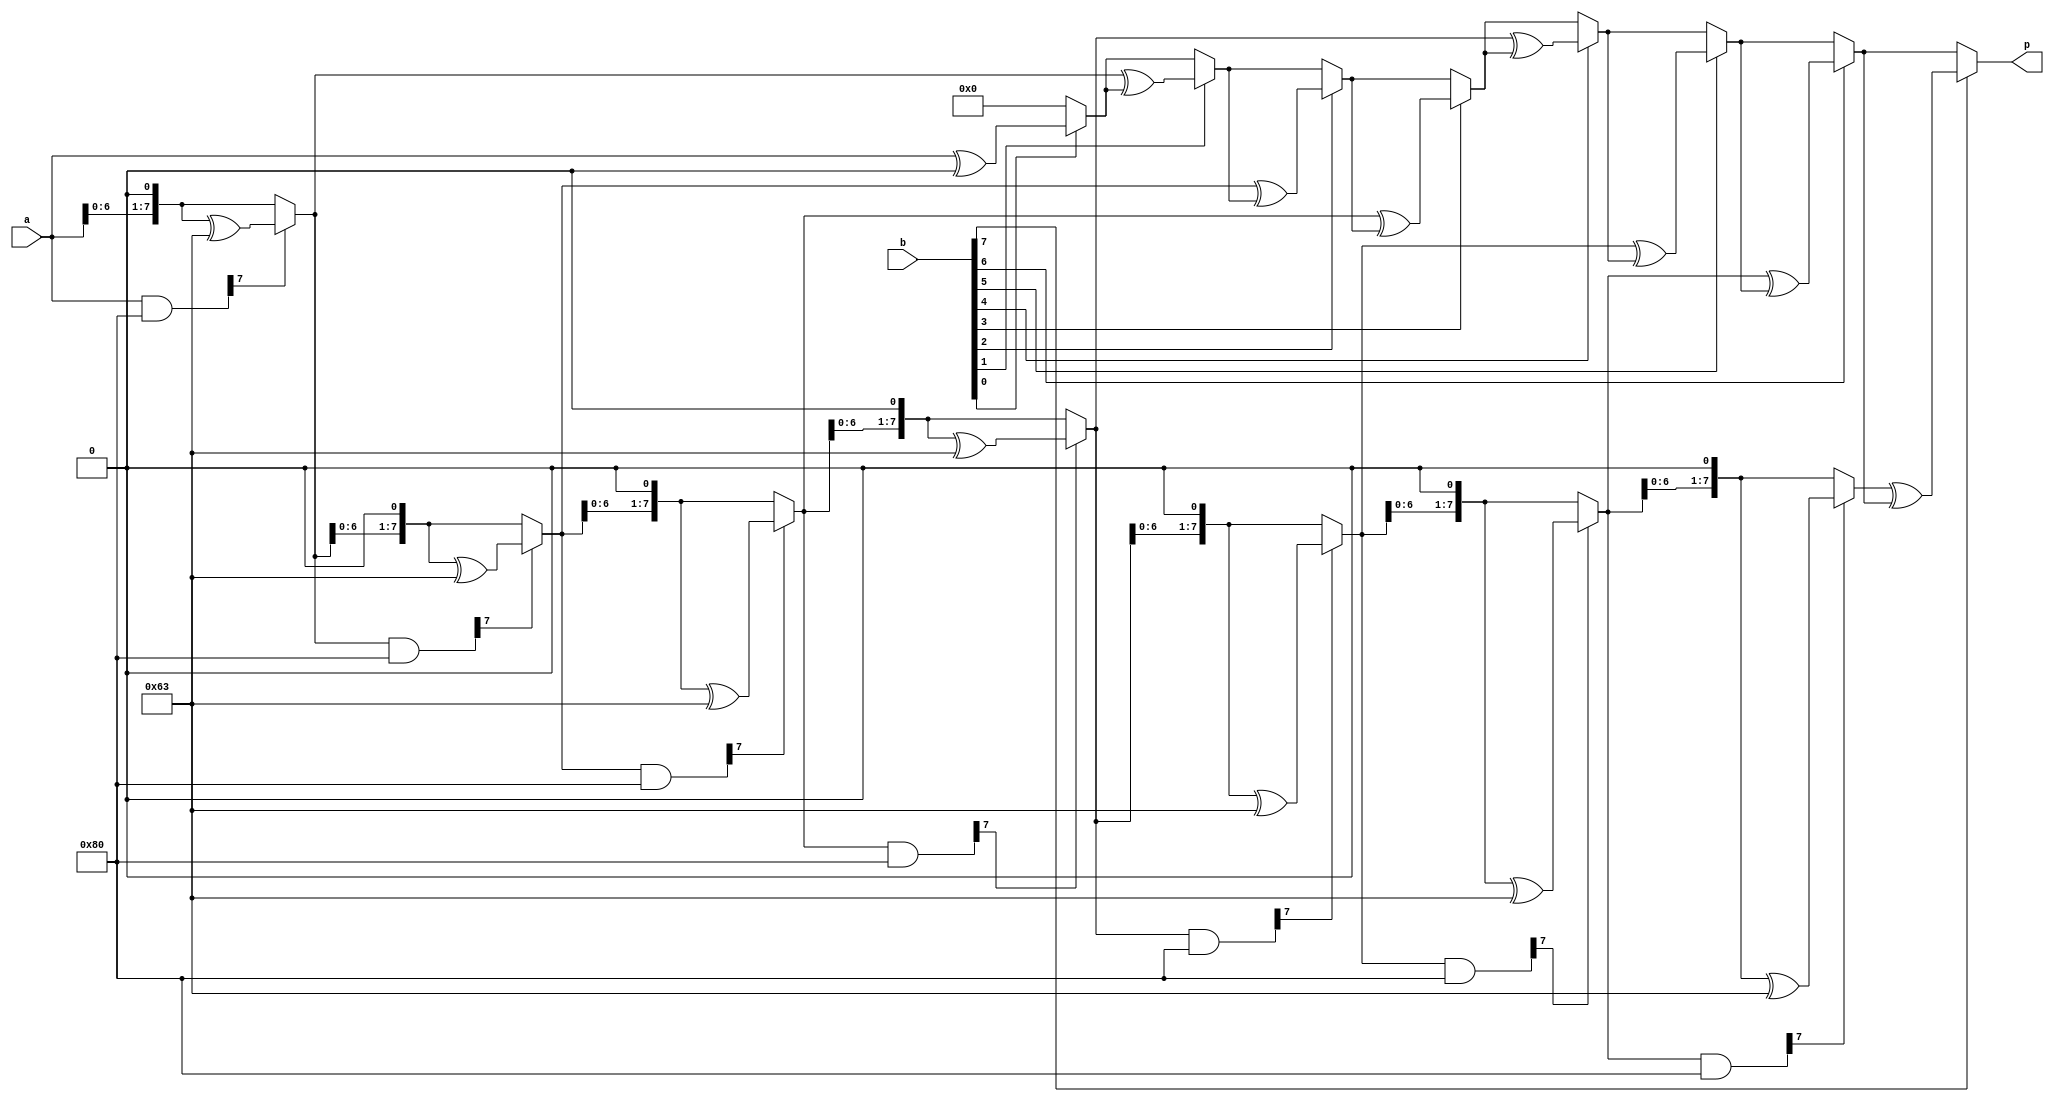
////////////////////////////////////////////////////////////////////////////////////////////////
//  This source is dedicated to the research paper enttled                                    //
//  "An 8-bit Serialized Architecture of SEED Block Cipher for Constrained Devices"           //
//  on IET Circuits, Devices & Systems journal                                                //
//  Institute: University of the Peloponnese                                                  //
//  Department: Electrical and Computer Engineering                                           //
//                                                                                            //
//  This source is distributed in the hope that it will be useful, but WITHOUT ANY WARRANTY.  //
////////////////////////////////////////////////////////////////////////////////////////////////

module x_pow_n(
	input  [7:0] a,
	input  [7:0] b,
	output reg [7:0] p
);
reg [7:0] c;
reg [7:0] h;
reg [7:0] aa;
reg [7:0] bb;
always@(*) begin
	aa=a;
	bb=b;
	p=0;
	c=0;
	p=0;
	h=0;
	
	for(c = 0; c < 8; c = c + 1) begin
		if(bb[0]) begin
			p = aa^p;
		end
		h  = (aa & 8'h80);
		aa = {aa[6:0],1'b0};
		if(h[7]) begin
			aa = aa^8'h63;
		end
		bb = {1'b0,bb[7:1]};
	end
end

endmodule